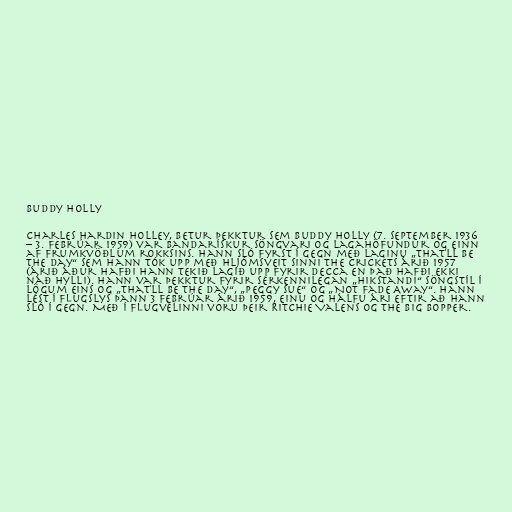
Buddy Holly

Charles Hardin Holley, betur þekktur sem Buddy Holly (7. september 1936
– 3. febrúar 1959) var bandarískur söngvari og lagahöfundur og einn
af frumkvöðlum rokksins. Hann sló fyrst í gegn með laginu „That'll Be
the Day“ sem hann tók upp með hljómsveit sinni The Crickets árið 1957
(árið áður hafði hann tekið lagið upp fyrir Decca en það hafði ekki
náð hylli). Hann var þekktur fyrir sérkennilegan „hikstandi“ söngstíl í
lögum eins og „That'll Be the Day“, „Peggy Sue“ og „Not Fade Away“. Hann
lést í flugslys þann 3 febrúar árið 1959, einu og hálfu ári eftir að hann
sló í gegn. Með í flugvélinni voru þeir Ritchie Valens og The Big Bopper.